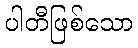
ပါတီဖြစ်သော